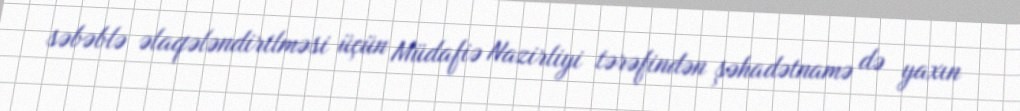
səbəblə əlaqələndirilməsi üçün Müdafiə Nazirliyi tərəfindən şəhadətnamə də yaxın